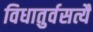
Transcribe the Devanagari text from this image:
विधातुर्वसत्यै